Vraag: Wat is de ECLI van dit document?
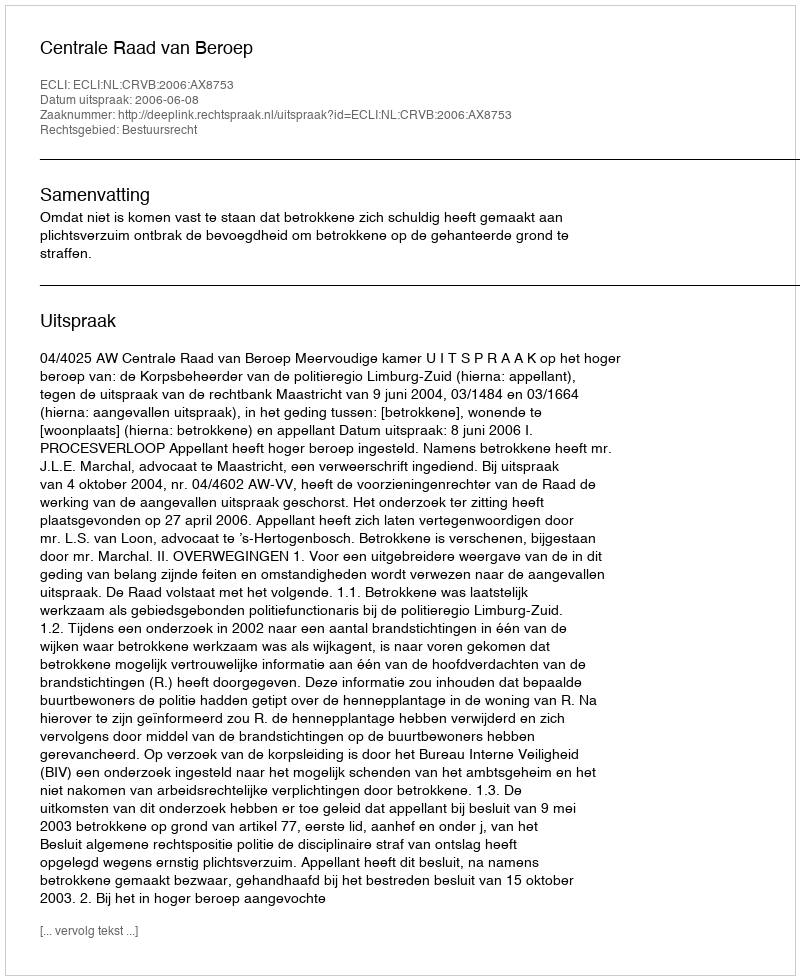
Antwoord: ECLI:NL:CRVB:2006:AX8753